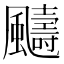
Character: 䬞